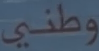
وطني